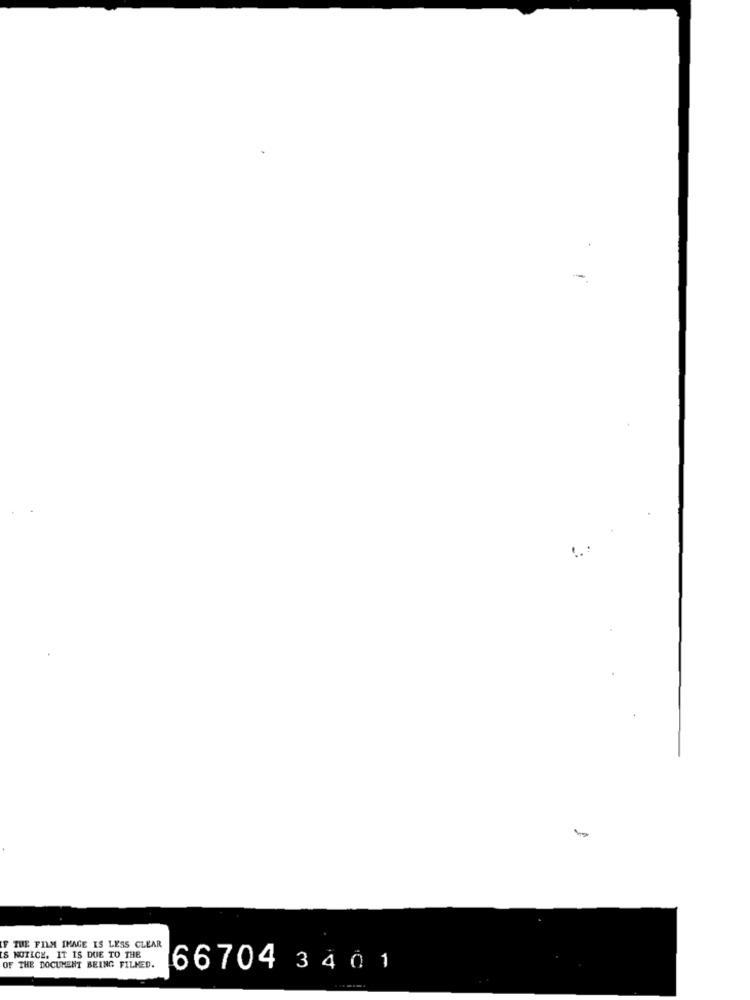
THE FILM IMAGE IS LESS CLEAR
& NOTICE. IT IS DUE TO THE
OF THE DOCUMENT BEING FILMED.
66704 3 4 0 1